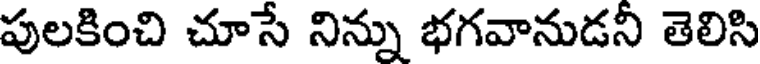
పులకించి చూసే నిన్ను భగవానుడనీ తెలిసి